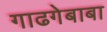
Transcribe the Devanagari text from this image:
गाढगेबाबा